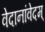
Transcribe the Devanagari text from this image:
वेदानांवेदम्